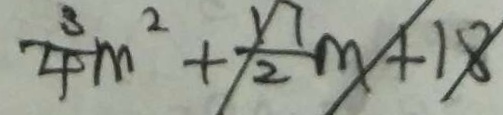
\frac { 3 } { 4 } m ^ { 2 } + \frac { 1 7 } { 2 } m + 1 8